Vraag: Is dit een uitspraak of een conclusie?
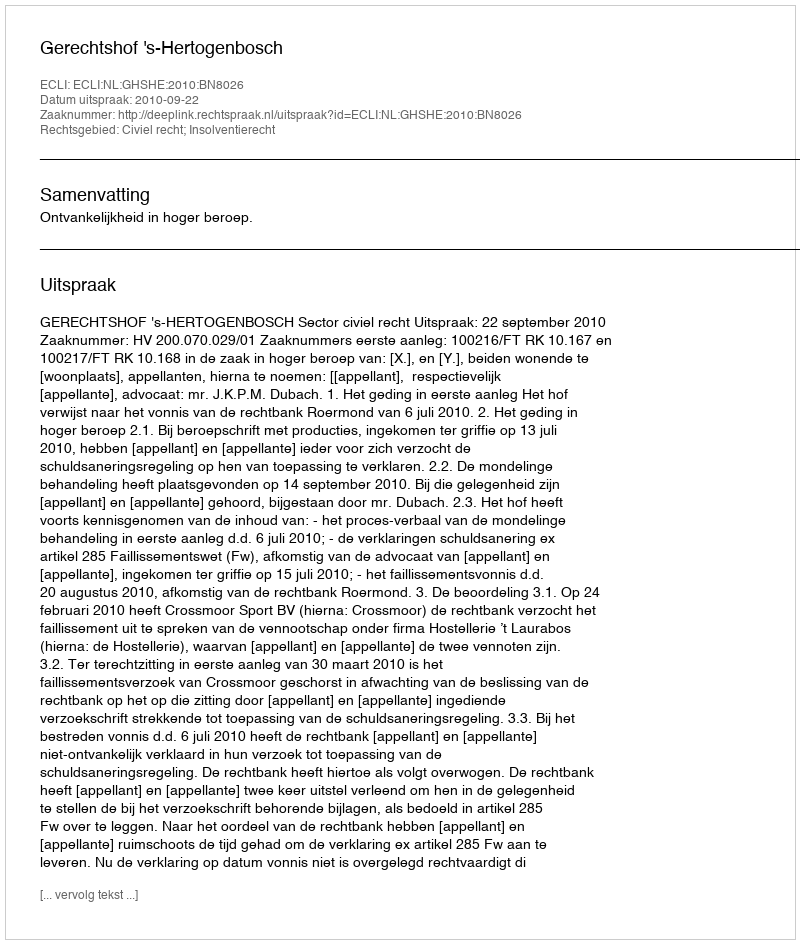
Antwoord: Uitspraak